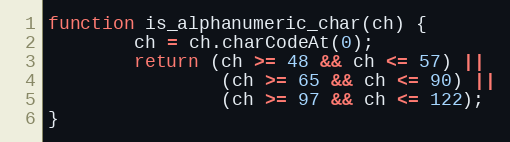
Language: JavaScript
function is_alphanumeric_char(ch) {
        ch = ch.charCodeAt(0);
        return (ch >= 48 && ch <= 57) ||
                (ch >= 65 && ch <= 90) ||
                (ch >= 97 && ch <= 122);
}